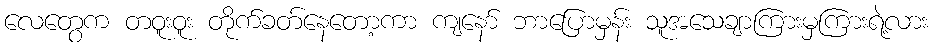
လေတွေက တဝူးဝူး တိုက်ခတ်နေတော့ကာ ကျနော် ဘာပြောမှန်း သူအသေချာကြားမှကြားရဲ့လား